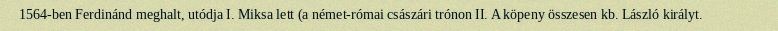
1564-ben Ferdinánd meghalt, utódja I. Miksa lett (a német-római császári trónon II. A köpeny összesen kb. László királyt.